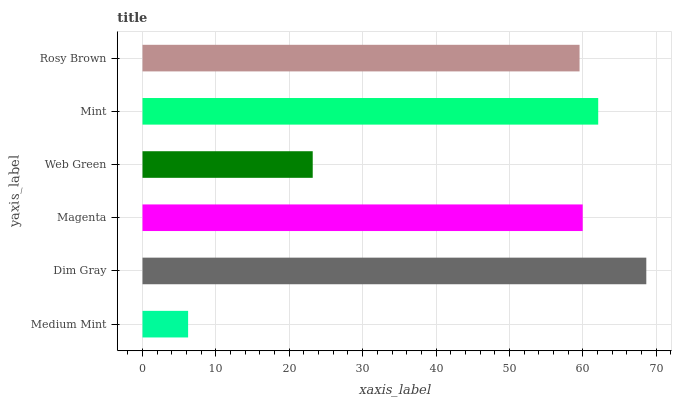
| yaxis_label | bars |
 | --- | --- |
 | Medium Mint | 6.21 |
 | Dim Gray | 68.7 |
 | Magenta | 60 |
 | Web Green | 23.2 |
 | Mint | 62.1 |
 | Rosy Brown | 59.6 |